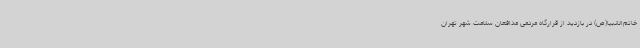
خاتم‌الانبیا(ص) در بازدید از قرارگاه مردمی مدافعان سلامت شهر تهران